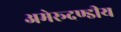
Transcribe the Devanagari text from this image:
अमेरूदण्डीय